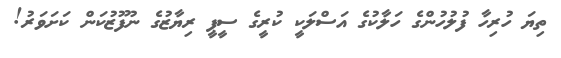
ތިޔަ ހުރިހާ ފުލުހުންގެ ހަލާކުގެ އަސްލަކީ ކުރީގެ ސީޕީ ރިޔާޒުގެ ނުފޫޒުކަން ކަށަވަރު!